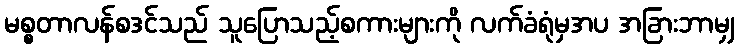
မစ္စတာလန်စဒင်သည် သူပြောသည့်စကားများကို လက်ခံရုံမှအပ အခြားဘာမျှ